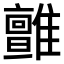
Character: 𩁉